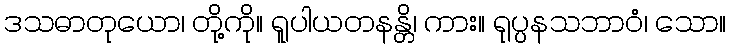
ဒသဓာတုယော၊ တို့ကို။ ရူပါယတနန္တိ၊ ကား။ ရုပ္ပနသဘာဝံ၊ သော။